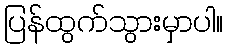
ပြန်ထွက်သွားမှာပါ။